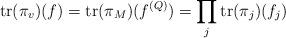
LaTeX: \begin{align*} \mathrm{tr}(\pi_v)(f)=\mathrm{tr}(\pi_M)(f^{(Q)})=\prod_j\mathrm{tr}(\pi_j)(f_j)\end{align*}